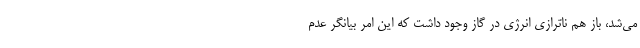
می‌شد، باز هم ناترازی انرژی در گاز وجود داشت که این امر بیانگر عدم